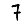
Digit: 7